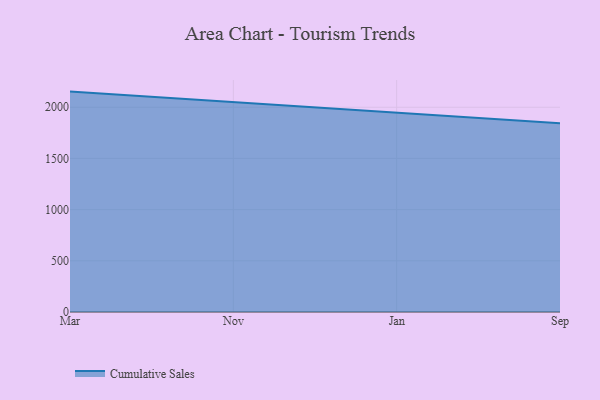
{"axis": {"x": "Month", "y": "Latency (ms)"}, "legend": ["Cumulative Sales"], "data": [{"x": "Mar", "y": 2152.5, "type": "Cumulative Sales"}, {"x": "Nov", "y": 2049.7, "type": "Cumulative Sales"}, {"x": "Jan", "y": 1954.0, "type": "Cumulative Sales"}, {"x": "Sep", "y": 1844.6, "type": "Cumulative Sales"}]}